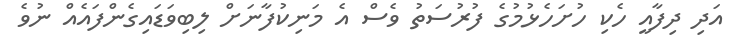
އަދި ދިފާއީ ހެކި ހުށަހެޅުމުގެ ފުރުސަތު ވެސް އެ މަނިކުފާނަށް ލިބިވަޑައިގެންފައެއް ނުވެ